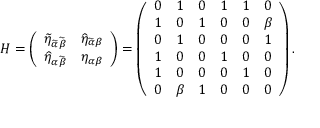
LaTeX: H = \left( \begin{array} { c c } { { \widetilde { \eta } _ { \widetilde { \alpha } \widetilde { \beta } } } } & { { \widehat { \eta } _ { \widetilde { \alpha } \beta } } } \\ { { \widehat { \eta } _ { \alpha \widetilde { \beta } } } } & { { \eta _ { \alpha \beta } } } \end{array} \right) = \left( \begin{array} { c c c c c c } { { 0 } } & { { 1 } } & { { 0 } } & { { 1 } } & { { 1 } } & { { 0 } } \\ { { 1 } } & { { 0 } } & { { 1 } } & { { 0 } } & { { 0 } } & { { \beta } } \\ { { 0 } } & { { 1 } } & { { 0 } } & { { 0 } } & { { 0 } } & { { 1 } } \\ { { 1 } } & { { 0 } } & { { 0 } } & { { 1 } } & { { 0 } } & { { 0 } } \\ { { 1 } } & { { 0 } } & { { 0 } } & { { 0 } } & { { 1 } } & { { 0 } } \\ { { 0 } } & { { \beta } } & { { 1 } } & { { 0 } } & { { 0 } } & { { 0 } } \end{array} \right) .